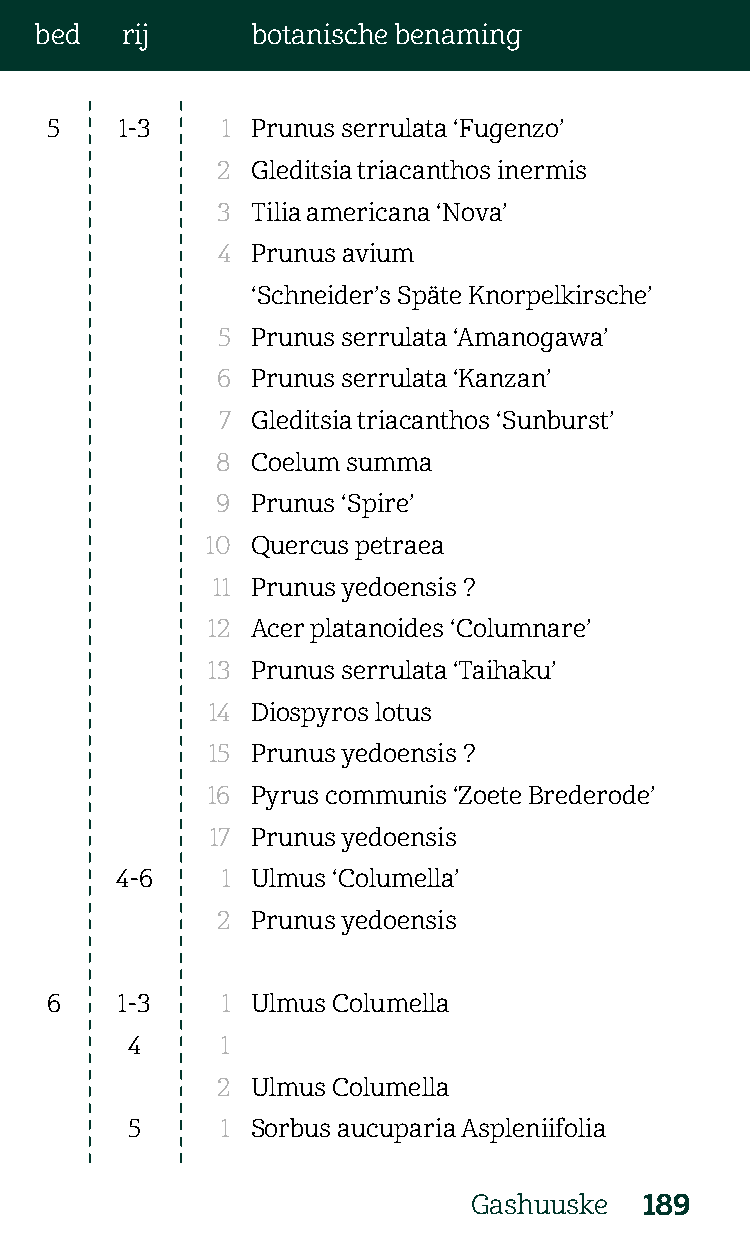
bed   rij      botanische benaming
 5    1-3    1 Prunus serrulata ‘Fugenzo’
 2  Gleditsia triacanthos inermis
 3  Tilia americana ‘Nova’
 4  Prunus avium
 ‘Schneider’s Späte Knorpelkirsche’
 5  Prunus serrulata ‘Amanogawa’
 6  Prunus serrulata ‘Kanzan’
 7  Gleditsia triacanthos ‘Sunburst’
 8  Coelum summa
 9  Prunus ‘Spire’
 10 Quercus petraea
 11 Prunus yedoensis ?
 12 Acer platanoides ‘Columnare’
 13 Prunus serrulata ‘Taihaku’
 14 Diospyros lotus
 15 Prunus yedoensis ?
 16 Pyrus communis ‘Zoete Brederode’
 17 Prunus yedoensis
 4-6    1 Ulmus ‘Columella’
 2  Prunus yedoensis
 6    1-3    1 Ulmus Columella
 4      1
 2  Ulmus Columella
 5      1 Sorbus aucuparia Aspleniifolia
 Gashuuske   189